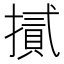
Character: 𢴧